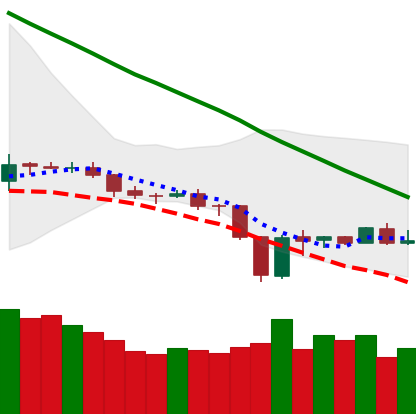
Ticker: BNB-USD
Chart end date: 2019-12-24
Forward return: 5.247%
Label: up_5_7